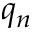
q _ { n }